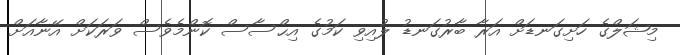
މިޝަލްގެ ހަށިގަނޑަށް އަރާ ބާރުގަނޑު ލުއިވި ކަމުގެ އިޙްސާސް ކޮންމެވެސް ވަރަކަށް އޭނާއަށް